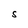
Character: s